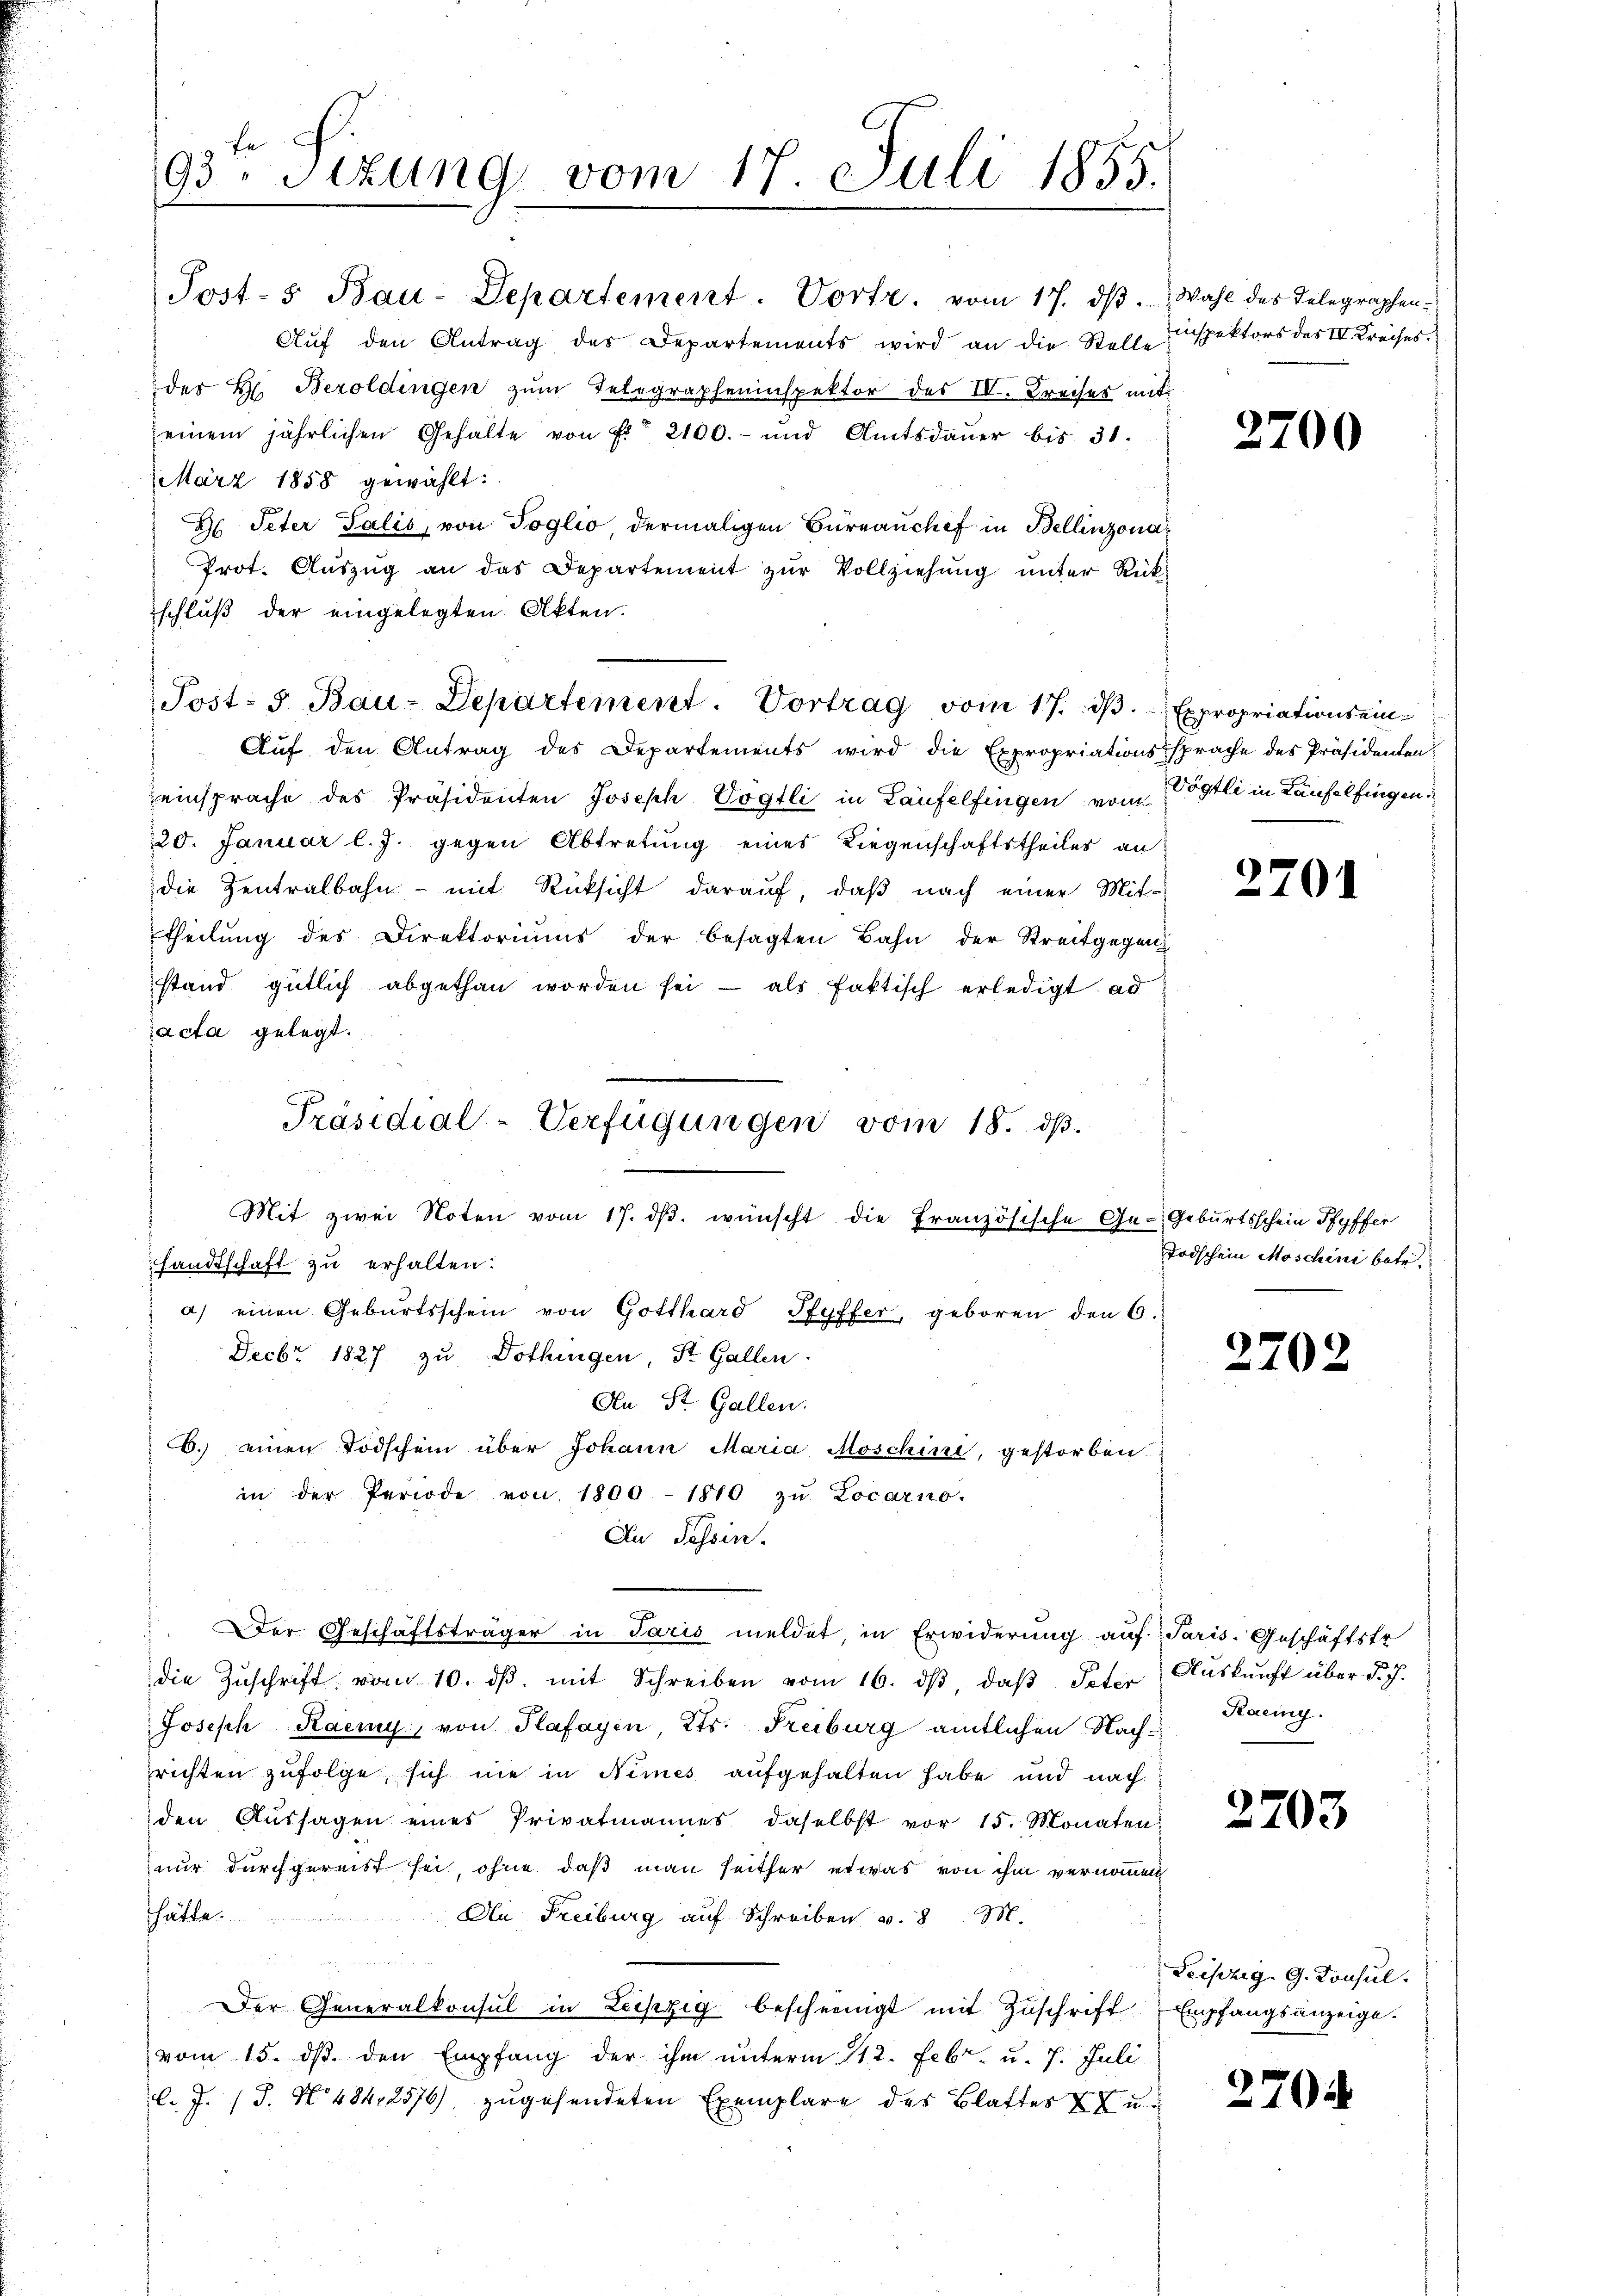
fr.
93. Sitzung vom 17. Juli 1855.

Post-s Bau-Departement. Vortr. vom 17. dβ.
Aŭf den Antrag des Departements wird an die Stelle
des H. Bezoldingen zŭm Telegrapheninspektor des IV. Kreiser mit
seinem jährlichen Gehalte von Fr. 2100.- und Amtsdaŭer bis 31.
März 1858 gewählt:
H Peter Talić, von Toglio dermaligen Büreaŭchef in Bellinzona
Prot. Aŭszŭg an das Departement zŭr Vollziehŭng ŭnter Rück-
schluß der eingelegten Akten.
Auf den Antrag des Departements wird die Expropriationssprache des Präsidenten
einsprache des Präsidenten Joseph Vögtli in Laufelfingen vom Vögtli in Laufelfingen,
20. Januar l. J. gegen Abtretung eines Liegenschaftstheiles an
die Zentralbahn - mit Rücksicht darauf, daß nach einer Mit-
theilung des Direktoriums der besagten Bahn der Streitgegen
stand gütlich abgethan worden sei als faktisch erledigt ad
acta gelegt.
handtschaft zu erhalten:
a) einen Geburtsschein von Gotthard Pfyffer, geboren den 6.
Decbr 1827 zu Dothingen, St. Gallen.
An St. Gallen.
6.) einen Todschein über Johann Maria Moschini, gestorben
in der Periode von 1800.- 1810 zŭ Locarno.
An Tessin.
Der Geschäftsträger in Paris meldet, in Erwiderung auf Paris-Geschäftstr
die Zŭschrift vom 10. dβ. mit Schreiben vom 16. dβ, daβ Peter Auskunft über d. J.
Joseph Raemy, von Plafayen, Kts. Freiburg amtlichen Nach-
richten zufolge, sich nie in Nimes aufgehalten habe und nach
den Aussagen eines Privatmannes daselbst vor 15. Monaten
nur durchgereist sei, ohne daß man seither etwas von ihm vernommen
hätte.
Di Freiburg auf Schreiben v. 8. M.
Der Generalkonsul in Leipzig bescheinigt mit Zuschrift
vom 15. ds. den Empfang der ihm unterm 112. Febr. u. 7. Juli
l. J. (T. No 484, 2576), zugesendeten Exemplare des Blattes XX u

Post- 5. Bau-Departement. Vortrag vom 17. dβ. Expropriationsein-

Präsidial-Verfügungen vom 18. ds.
Mit zwei Noten vom 17. dβ. wünscht die Französische Ge- Geburtsschein Pfyffer

Wahl des Telegrapheninspektors des IV. Kreises.

2700

2701

Todschein Moschini betr.

25

02

Kaeiny.

2703

Leipzig, G. Konsul
Empfangsanzeige.

270